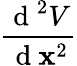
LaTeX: \frac{\mathrm{~d~}^{2}V}{\mathrm{~d~}\textbf{x}^{2}}